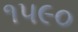
૧૫૯૦